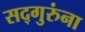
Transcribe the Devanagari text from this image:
सद्गुरुंना